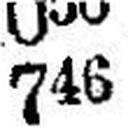
746